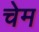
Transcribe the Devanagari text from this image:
चेम